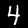
Digit: 4